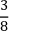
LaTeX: \frac { 3 } { 8 }